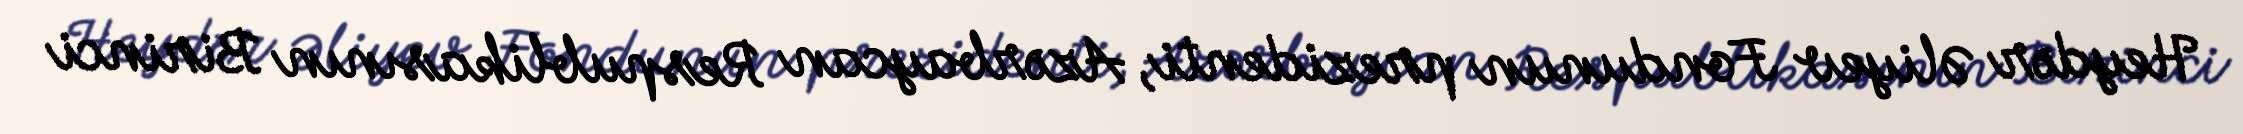
Heydər Əliyev Fondunun prezidenti, Azərbaycan Respublikasının Birinci